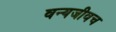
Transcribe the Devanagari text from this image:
वन्यजीवच